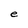
Character: e